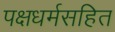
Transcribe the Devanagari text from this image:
पक्षधर्मसहित